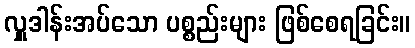
လှူဒါန်းအပ်သော ပစ္စည်းများ ဖြစ်စေရခြင်း။